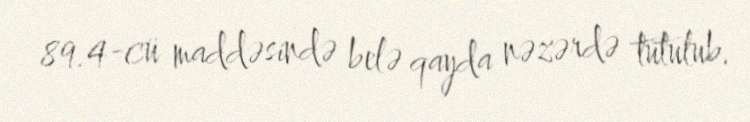
89.4-cü maddəsində belə qayda nəzərdə tutulub.